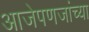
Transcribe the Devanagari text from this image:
आजेपणजांच्या